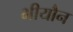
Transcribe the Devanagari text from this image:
भीयौन